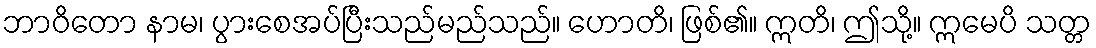
ဘာဝိတော နာမ၊ ပွားစေအပ်ပြီးသည်မည်သည်။ ဟောတိ၊ ဖြစ်၏။ ဣတိ၊ ဤသို့။ ဣမေပိ သတ္တ